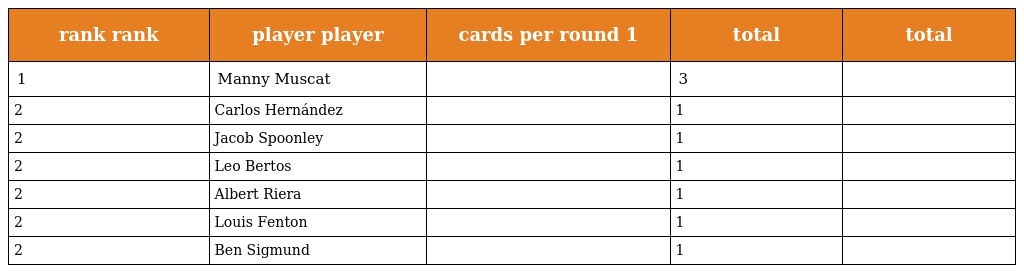
| rank rank | player player | cards per round 1 | total | total |
 | --- | --- | --- | --- | --- |
 | 1 | Manny Muscat |  | 3 |  |
 | 2 | Carlos Hernández |  | 1 |  |
 | 2 | Jacob Spoonley |  | 1 |  |
 | 2 | Leo Bertos |  | 1 |  |
 | 2 | Albert Riera |  | 1 |  |
 | 2 | Louis Fenton |  | 1 |  |
 | 2 | Ben Sigmund |  | 1 |  |